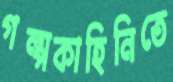
গল্পকাহিনিতে